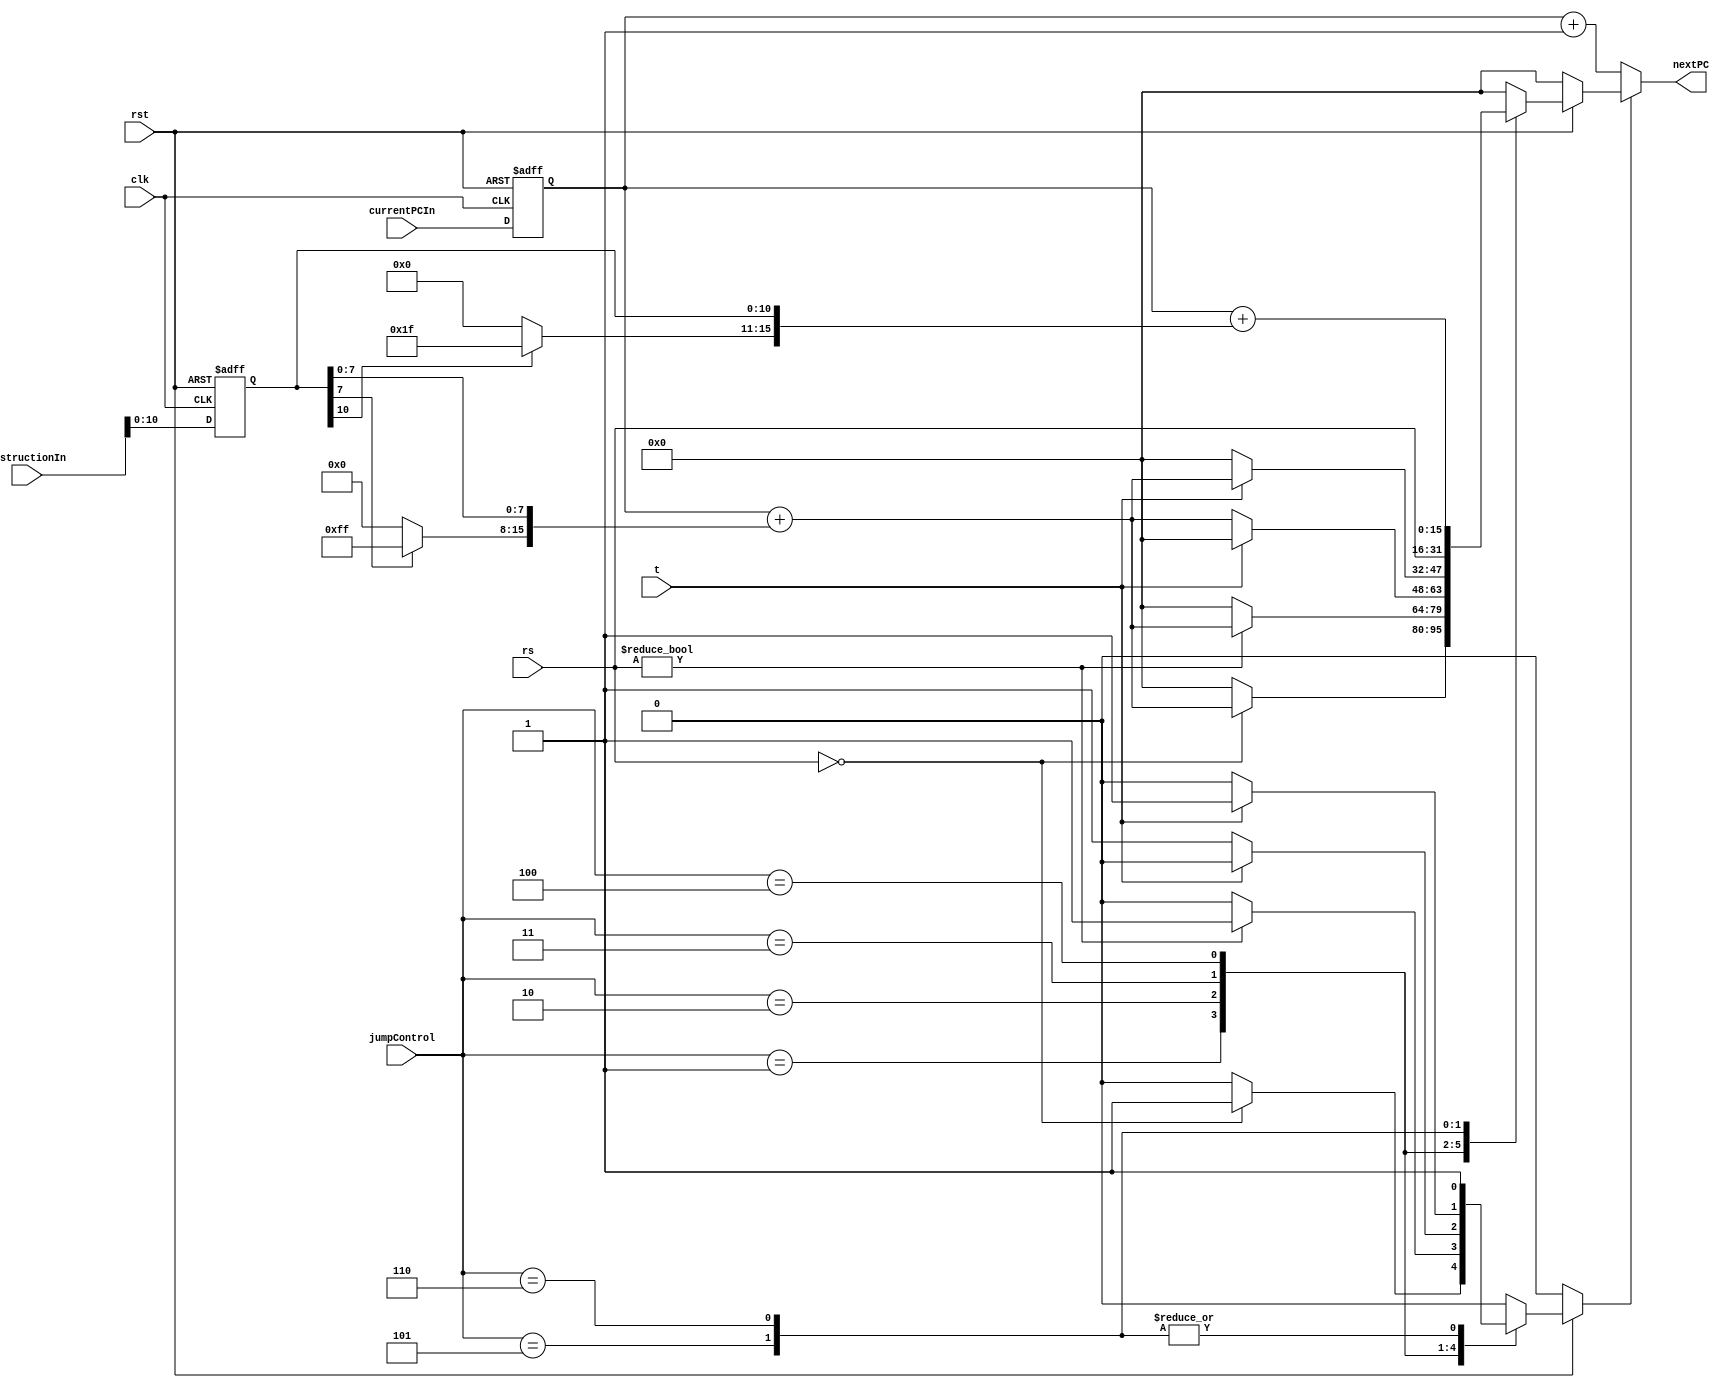
module PCadder (
  input clk, rst,
  input [15:0] currentPCIn,
  input [15:0] instructionIn,
  input [15:0] rs,
  input t,
  input [2:0] jumpControl,
  output [15:0] nextPC
);

reg [15:0] currentPC;

localparam  IDLE = 3'b000,
  EQZ = 3'b001,
  NEZ = 3'b010,
  TEQZ = 3'b011,
  TNEZ = 3'b100,
  JUMP = 3'b101,
  DB = 3'b110;

reg [15:0] instruction, jumpPC;
reg jump;

wire [15:0] imm16s = {instruction[7] ? 8'hff : 8'h00, instruction[7:0]};
wire [15:0] imm16sfrom10 = {instruction[10] ? 5'b11111 : 5'b00000, instruction[10:0]};

always @ (negedge clk or negedge rst)
  if (!rst)
  begin
    instruction = 16'h0800;
	 currentPC = 16'hffff;
  end
  else
  begin
    instruction = instructionIn;
	 currentPC = currentPCIn;
  end

always @ (*)
begin
  jumpPC = 0;
  jump = 0;
  if (!rst)
  begin
    jumpPC = 0;
    jump = 0;
  end
  else
  begin
    case (jumpControl)
      EQZ:
        if (rs == 0)
        begin
          jumpPC = currentPC + imm16s;
          jump = 1;
        end
      NEZ:
        if (rs != 0)
        begin
          jumpPC = currentPC + imm16s;
          jump = 1;
        end
      TEQZ:
        if (t == 0)
        begin
          jumpPC = currentPC + imm16s;
          jump = 1;
        end
      TNEZ:
        if (t != 0)
        begin
          jumpPC = currentPC + imm16s;
          jump = 1;
        end
      JUMP:
        begin
          jumpPC = rs;
          jump = 1;
        end
      DB:
        begin
          jumpPC = currentPC + imm16sfrom10;
          jump = 1;
        end
    endcase
  end
end

assign nextPC = jump? jumpPC : currentPC + 1;

endmodule